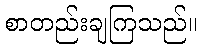
စာတည်းချကြသည်။